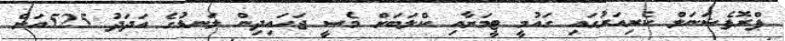
ޕްރޮފެޝަނަލް ކެރިއަރުގައި ގައުމީ ޓީމަށާއި ކްލަބަށް މެސީ ޖަހައިދިން ލަނޑުގެ އަދަދު 525އަށް